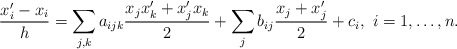
\begin{align*} \frac{x_i'-x_i}{h} = \sum_{j,k} a_{ijk}\frac{x_jx_k'+x_j'x_k}{2} + \sum_j b_{ij} \frac{x_j+x_j'}{2} + c_i,\ i=1,\ldots,n.\end{align*}